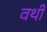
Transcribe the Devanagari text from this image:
वर्थी